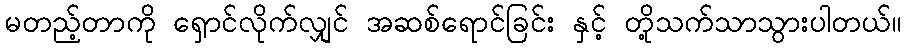
မတည့်တာကို ရှောင်လိုက်လျှင် အဆစ်ရောင်ခြင်း နှင့် တို့သက်သာသွားပါတယ်။